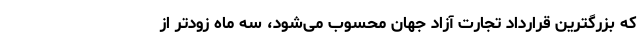
که بزرگترین قرارداد تجارت آزاد جهان محسوب می‌شود، سه ماه زودتر از